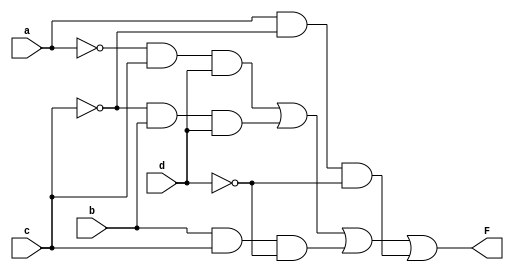
module multifunctiongate( a,b,c,d , F);

input a,b,c,d;
output F;

wire inv_a,inv_c,inv_d;
wire w1,w2,w3,w4;

not n1(inv_a,a);
not n2(inv_d,d);
not n3(inv_c,c);

and a1(w1,inv_a,c,d);
and a2(w2,inv_c,b,d);
and a3(w3,b,c,inv_d);
and a4(w4,a,inv_c,inv_d);

or o1(F,w1,w2,w3,w4);


endmodule